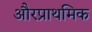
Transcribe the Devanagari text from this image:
औरप्राथमिक